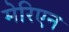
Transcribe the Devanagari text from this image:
मेरिएन